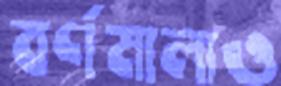
বর্ণমালাও